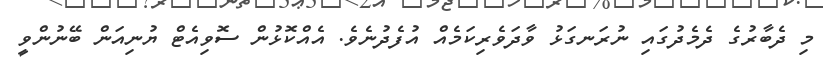
މި ދެބާރުގެ ދެމެދުގައި ނުރަނގަޅު ވާދަވެރިކަމެއް އުފެދުނެވެ. އެއްކޮޅުން ސޮވިއެޓް ޔުނިއަން ބޭނުންވީ